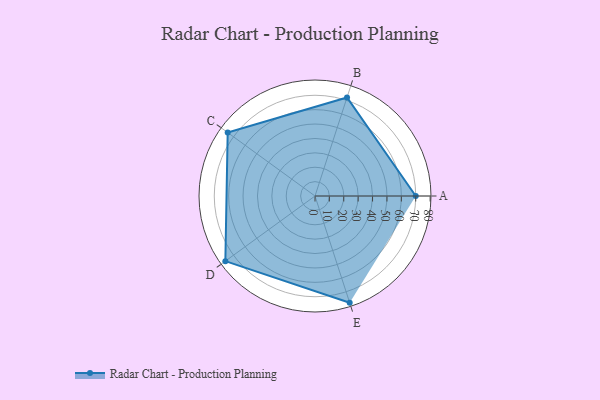
{"axis": {"x": "Skill", "y": "Score"}, "legend": ["Profile"], "data": [{"x": "A", "y": 70.0, "type": "Profile"}, {"x": "B", "y": 72.0, "type": "Profile"}, {"x": "C", "y": 75.0, "type": "Profile"}, {"x": "D", "y": 77.0, "type": "Profile"}, {"x": "E", "y": 78.0, "type": "Profile"}]}